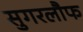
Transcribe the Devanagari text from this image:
सुगरलौफ